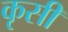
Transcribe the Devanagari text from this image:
कृसी